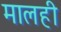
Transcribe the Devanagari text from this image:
मालही